65_HS1-834228961_62-HQ-83894_Section_4
Agency: FBI
Page 68
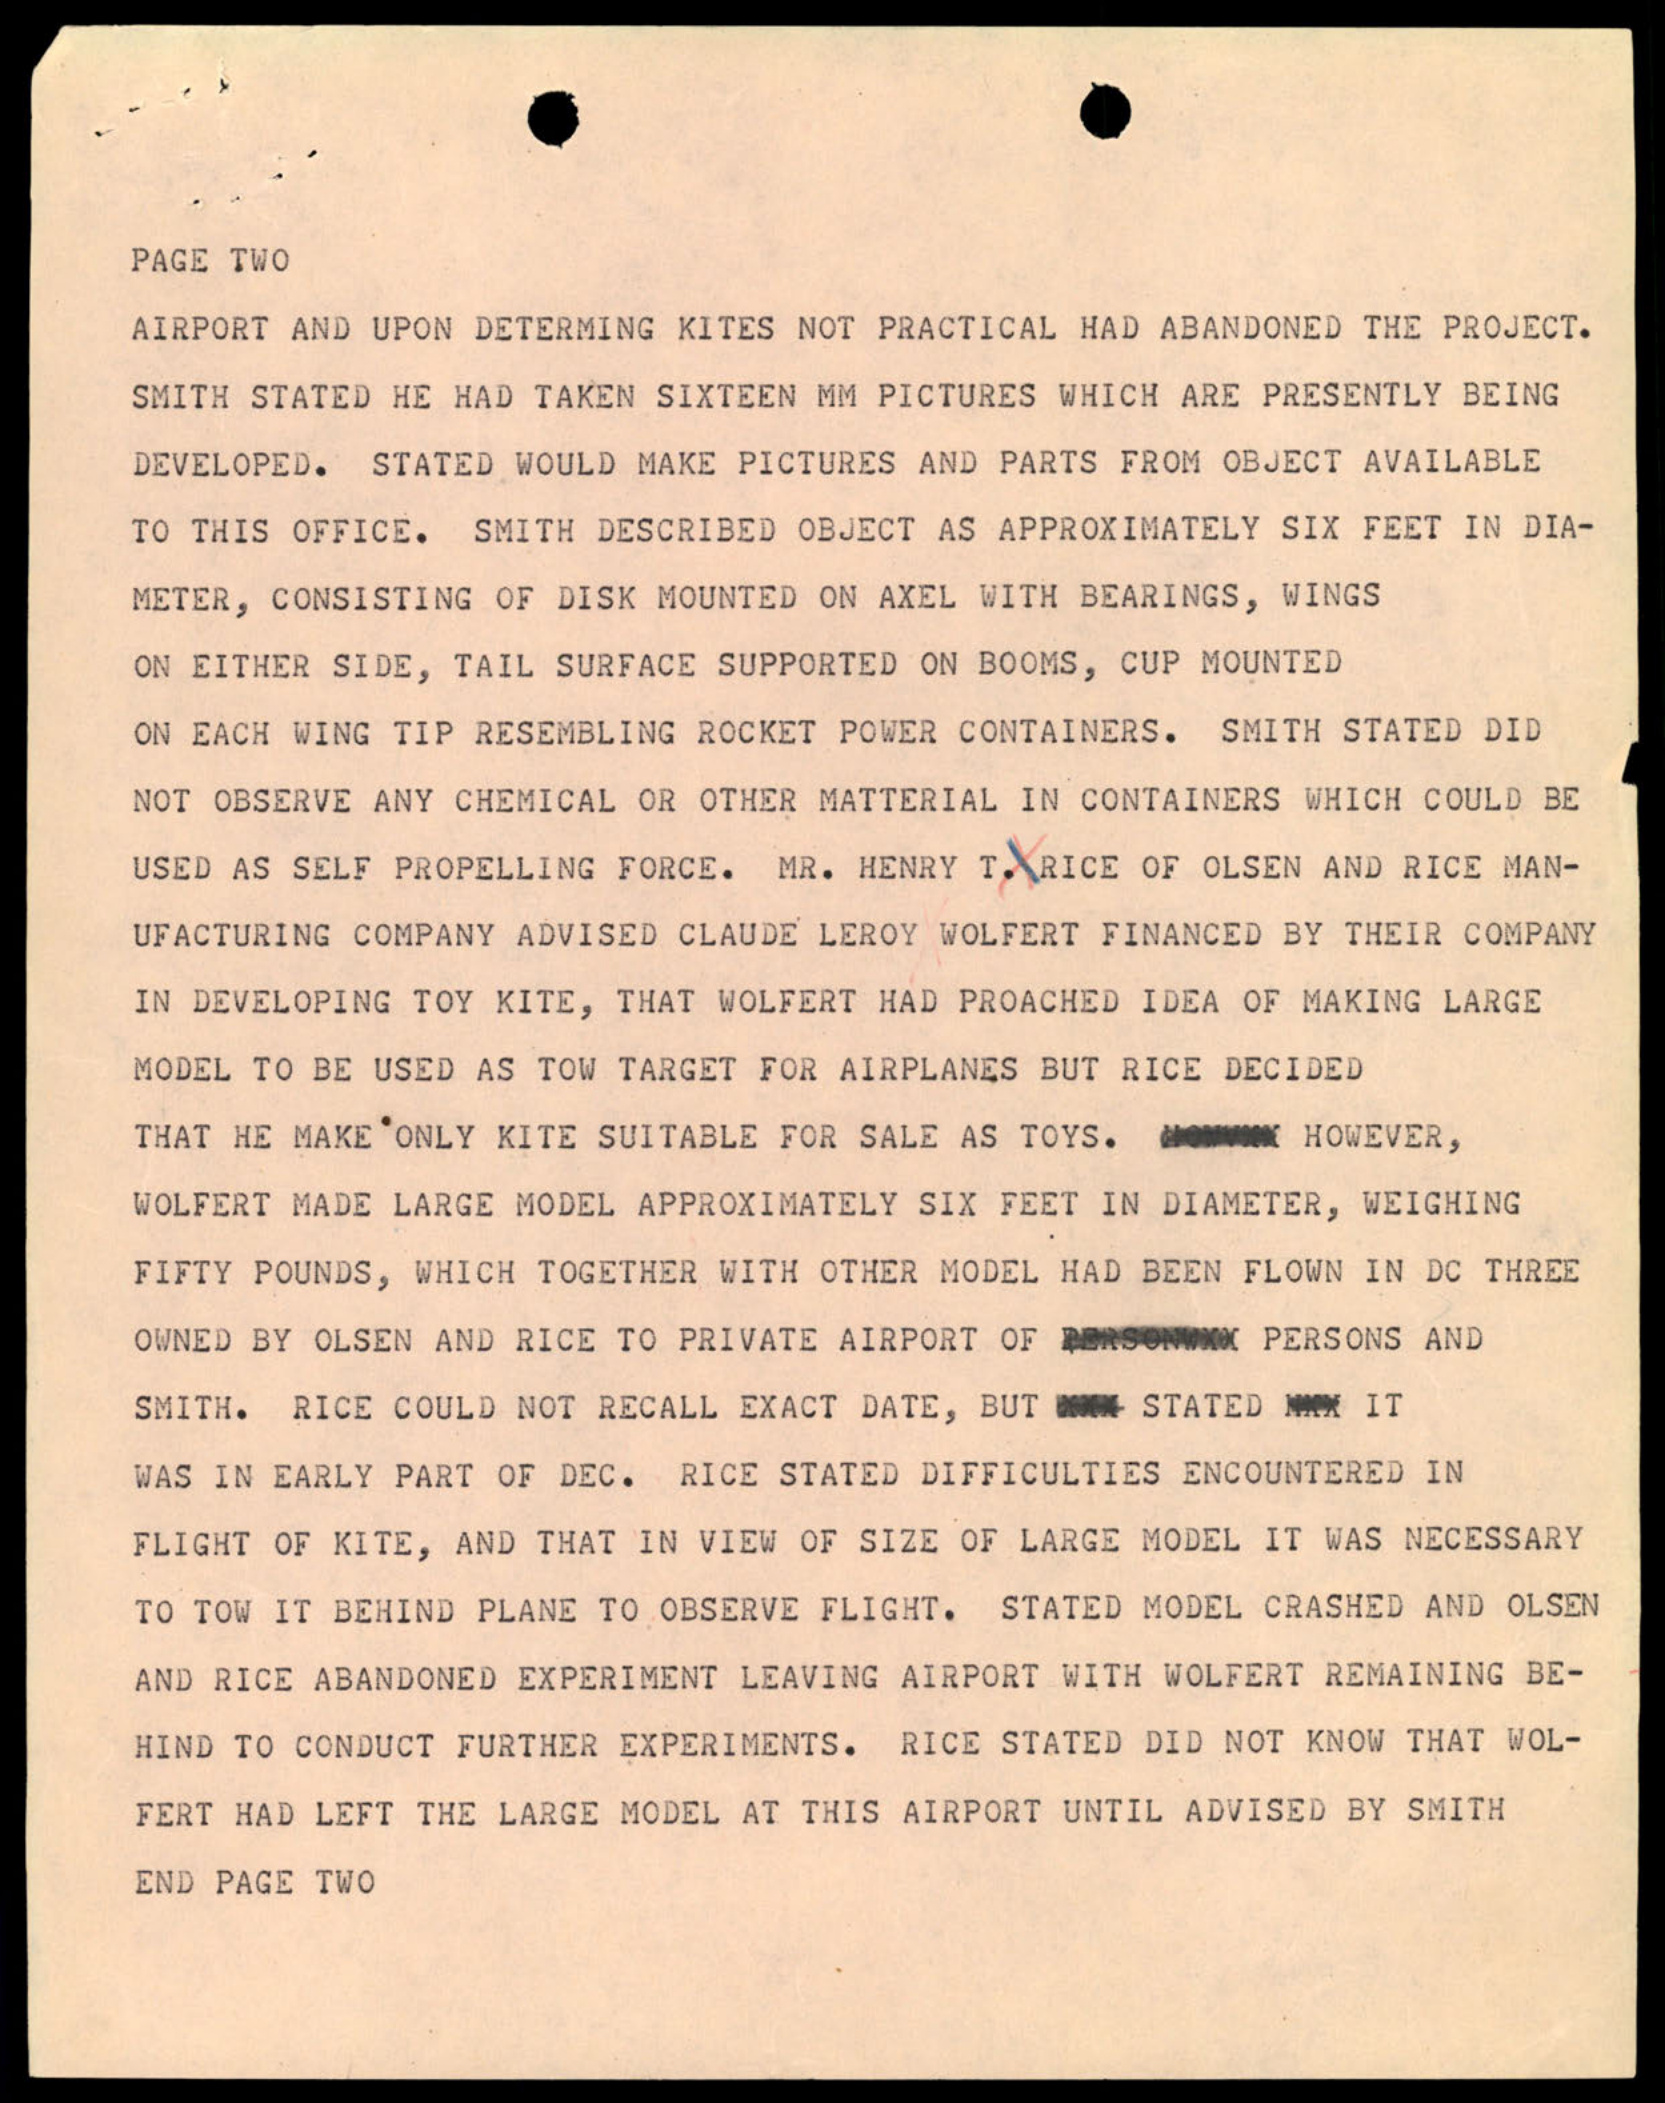